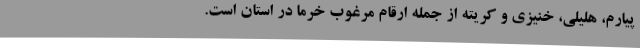
پیارم، هلیلی، خنیزی و کریته از جمله ارقام مرغوب خرما در استان است.